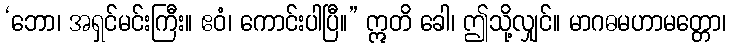
‘ဘော၊ အရှင်မင်းကြီး။ ဧဝံ၊ ကောင်းပါပြီ။” ဣတိ ခေါ၊ ဤသို့လျှင်။ မာဂဓမဟာမတ္တော၊